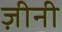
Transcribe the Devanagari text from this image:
ज़ीनी